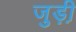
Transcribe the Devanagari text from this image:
जुड़ी़